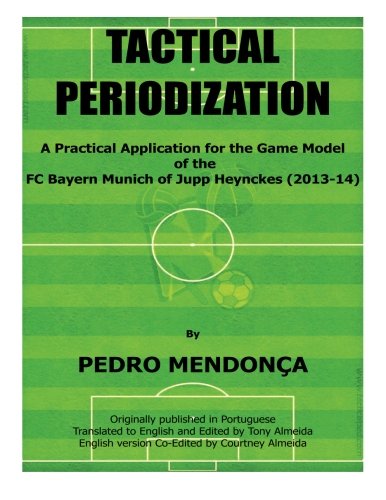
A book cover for Tactical Periodization: A Practical Application for the Game Model of the FC Bayern Munich of Jupp Heynckes (2011-2013); Pedro Mendonca; Sports & Outdoors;